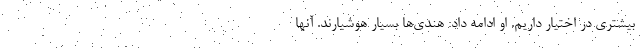
بیشتری در اختیار داریم. او ادامه داد: هندی‌ها بسیار هوشیارند. آنها